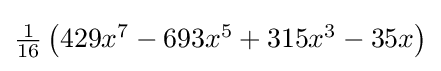
{\textstyle {\tfrac {1}{16}}\left(429x^{7}-693x^{5}+315x^{3}-35x\right)}